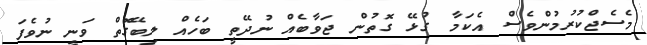
މެސެޖްކުރުމުންވެސް އެކަމާ ގުޅޭ ގޮތުން ޖަވާބެއް ނުދޭތީ ބަހެއް ލިބޭގޮތް ވަނީ ނުވެފަ